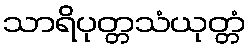
သာရိပုတ္တသံယုတ္တံ